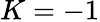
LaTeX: K=-1